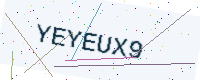
Text: YEYEUX9